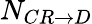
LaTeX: N_{CR\rightarrow D}